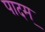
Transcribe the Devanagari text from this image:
पादम्